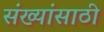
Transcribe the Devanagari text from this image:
संख्यांसाठी